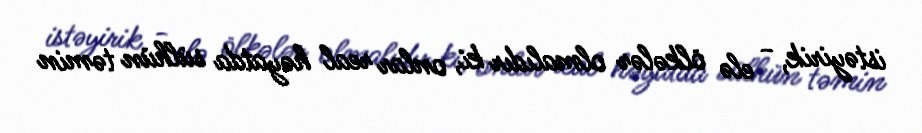
istəyirik, - elə ölkələr olmalıdır ki, onlar real həyatda sülhün təmin